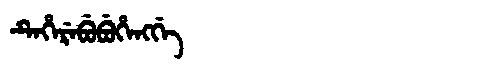
Manchu: ᡨᡝᡥᡝᡵᡝᠪᡠᠪᡠᡥᡝᠩᡤᡝ
Romanization: TEHEREBUBUHENGGE